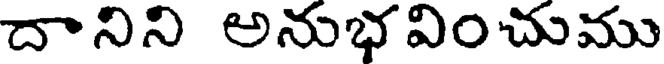
దానిని అనుభవించుము